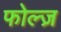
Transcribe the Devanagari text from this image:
फोल्ज़